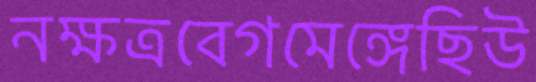
নক্ষত্রবেগমেঙ্গেছিউ